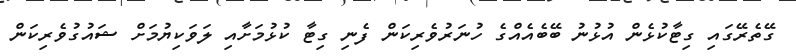
ގޭތެރޭގައި ގިޓާކުޅެން އުޅުނު ބޭބެއެއްގެ ހުނަރުވެރިކަން ފެނި ގިޓާ ކުޅުމަށާއި ލަވަކިޔުމަށް ޝައުގުވެރިކަން